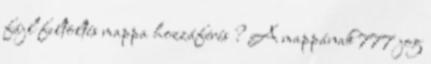
fájl feltöltés mappa hozzáférés ? A mappának 777 jog